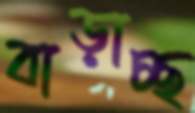
বাড়াচ্ছ